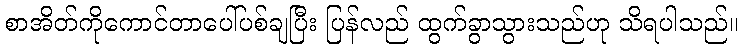
စာအိတ်ကိုကောင်တာပေါ်ပစ်ချပြီး ပြန်လည် ထွက်ခွာသွားသည်ဟု သိရပါသည်။